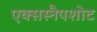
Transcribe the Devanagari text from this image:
एक्सस्नैपशोट